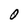
Character: O